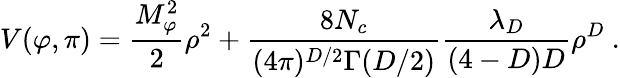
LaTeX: V(\varphi,\pi)=\frac{M_{\varphi}^{2}}{2}\rho^{2}+\frac{8N_{c}}{(4\pi)^{D/2}\Gamma(D/2)}\frac{\lambda_{D}}{(4-D)D}\rho^{D}\ .